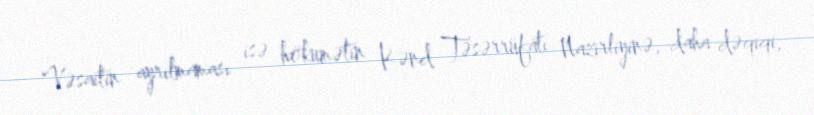
Vəsaitin ayrılmaması isə hökumətin Kənd Təsərrüfatı Nazirliyinə, daha dəqiqi,